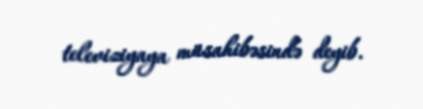
televiziyaya müsahibəsində deyib.